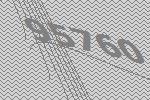
95760